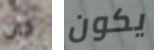
كان يكون